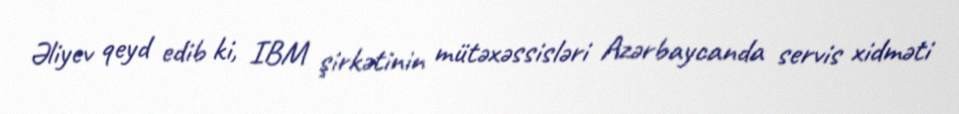
Əliyev qeyd edib ki, IBM şirkətinin mütəxəssisləri Azərbaycanda servis xidməti